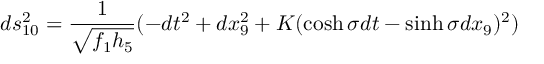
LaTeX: d s _ { 1 0 } ^ { 2 } = \frac { 1 } { \sqrt { f _ { 1 } h _ { 5 } } } ( - d t ^ { 2 } + d x _ { 9 } ^ { 2 } + K ( \cosh \sigma d t - \sinh \sigma d x _ { 9 } ) ^ { 2 } )